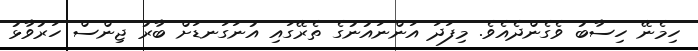
ހިމެނޭ ހިސާބު ވެގެންދެއެވެ. މިފަދަ އަންނައުނުގެ ތެރޭގައި އުނަގަނޑަށް ބާރު ޖިންސް ހަރުވާޅު